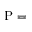
\mathrm { P } =